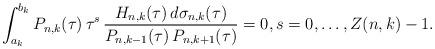
LaTeX: \begin{align*}\int_{a_{k}}^{b_{k}}P_{n,k}(\tau)\,\tau^{s}\,\frac{H_{n,k}(\tau)\,d\sigma_{n,k}(\tau)}{P_{n,k-1}(\tau)\,P_{n,k+1}(\tau)}=0,s=0,\ldots,Z(n,k)-1.\end{align*}